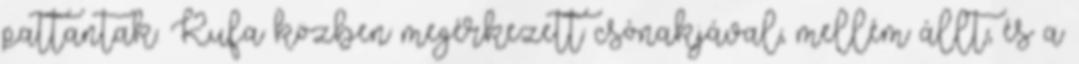
pattantak. Kufa közben megérkezett csónakjával, mellém állt, és a